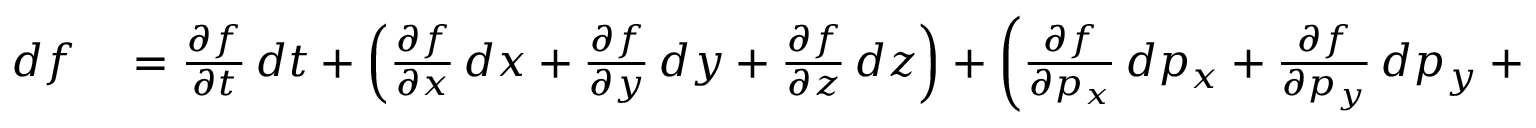
\begin{array} { r l } { d f } & { { } = { \frac { \partial f } { \partial t } } \, d t + \left( { \frac { \partial f } { \partial x } } \, d x + { \frac { \partial f } { \partial y } } \, d y + { \frac { \partial f } { \partial z } } \, d z \right) + \left( { \frac { \partial f } { \partial p _ { x } } } \, d p _ { x } + { \frac { \partial f } { \partial p _ { y } } } \, d p _ { y } + { \frac { \partial f } { \partial p _ { z } } } \, d p _ { z } \right) } \end{array}